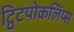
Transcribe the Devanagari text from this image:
ट्विटपोकलिप्स